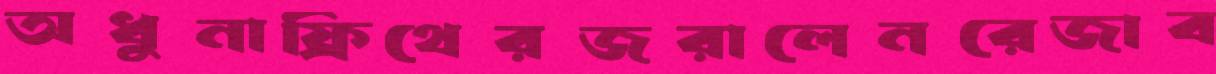
অধুনাফ্রিথেরজরালেনরেজাব